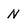
Character: N